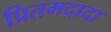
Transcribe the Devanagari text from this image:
प्रितमदादा